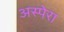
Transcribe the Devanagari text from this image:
अस्पेरा